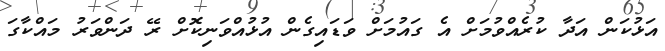
އަޅުކަން އަދާ ކުރެއްވުމަށް އެ ގައުމަށް ވަޑައިގެން އުޅުއްވަނިކޮށް ރޭ ދަންވަރު މައްކާގަ